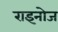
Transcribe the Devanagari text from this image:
राइनोज